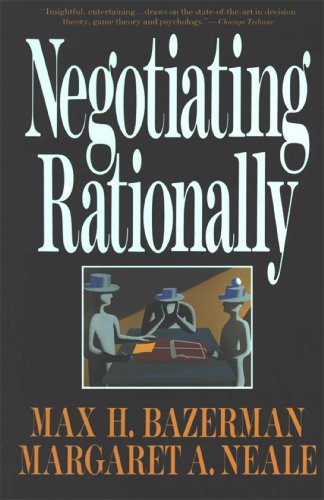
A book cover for Negotiating Rationally; Max H. Bazerman; Medical Books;